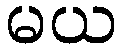
မယ